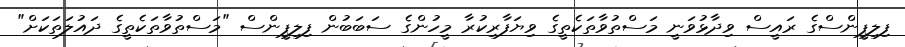
ފިލިޕީންސްގެ ރައީސް ވިދާޅުވަނީ މަސްތުވާތަކެތީގެ ވިޔަފާރިކުރާ މީހުންގެ ސަބަބުން ފިލިޕީންސް "މަސްތުވާތަކެތީގެ ދައުލަތަކަށް"